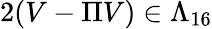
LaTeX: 2(V-\Pi V)\in\Lambda_{16}